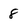
Character: 8